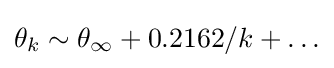
\theta _{k}\sim \theta _{\infty }+0.2162/k+\ldots